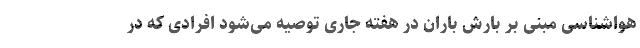
هواشناسی مبنی بر بارش باران در هفته جاری توصیه می‌شود افرادی که در